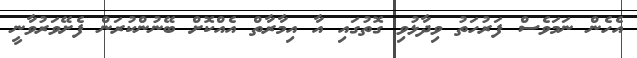
އެހެން ނަމަވެސް ފަރުހަތު ވިދާޅުވި ގޮތުގައި އާ އިމާރާތް އެއްކޮށް ބޭނުންކުރަން ފެށޭވަރުވާނީ